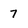
Character: 7